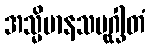
အသ္မိမာနသမုဂ္ဃါတံ